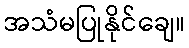
အသံမပြုနိုင်ချေ။